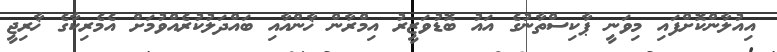
އިއުލާންކޮށްފައި މިވަނީ ޕާކިސްތާނުގެ އައު ބޮޑުވަޒީރު އިމްރާން ޚާންއާއި ބައްދަލުކުރެއްވުމަށް އެމެރިކާގެ ޚާރިޖީ